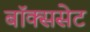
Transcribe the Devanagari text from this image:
बॉक्ससेट